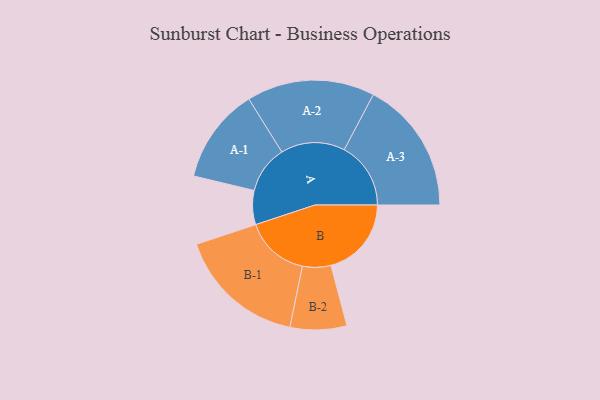
{"axis": {"x": "Segment", "y": "Value"}, "legend": ["", "A", "B"], "data": [{"x": "A", "y": 137, "type": ""}, {"x": "B", "y": 324, "type": ""}, {"x": "A-1", "y": 192, "type": "A"}, {"x": "A-2", "y": 258, "type": "A"}, {"x": "A-3", "y": 268, "type": "A"}, {"x": "B-1", "y": 259, "type": "B"}, {"x": "B-2", "y": 114, "type": "B"}]}